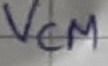
Text: VCM